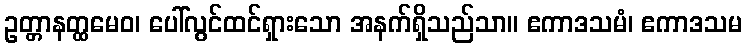
ဥတ္တာနတ္ထမေဝ၊ ပေါ်လွင်ထင်ရှားသော အနက်ရှိသည်သာ။ ဧကာဒသမံ၊ ဧကာဒသမ